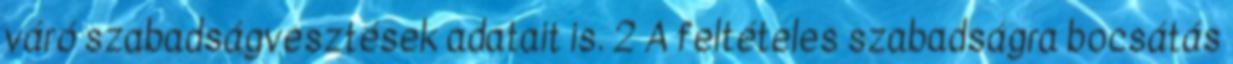
váró szabadságvesztések adatait is. 2 A feltételes szabadságra bocsátás